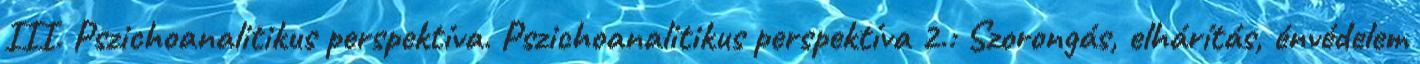
III. Pszichoanalitikus perspektíva. Pszichoanalitikus perspektíva 2.: Szorongás, elhárítás, énvédelem